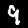
Label: 9